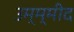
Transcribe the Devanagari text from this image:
उम्म्मीद